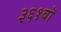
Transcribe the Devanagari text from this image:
३६१वॉ